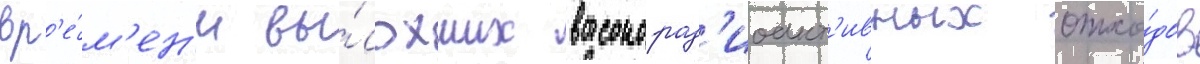
вр'е́м'ен'и вы́сохших высокорад'иоакт'ивных отхо́дов